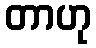
တာဟု